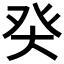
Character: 𰤌